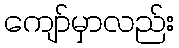
ကျော်မှာလည်း